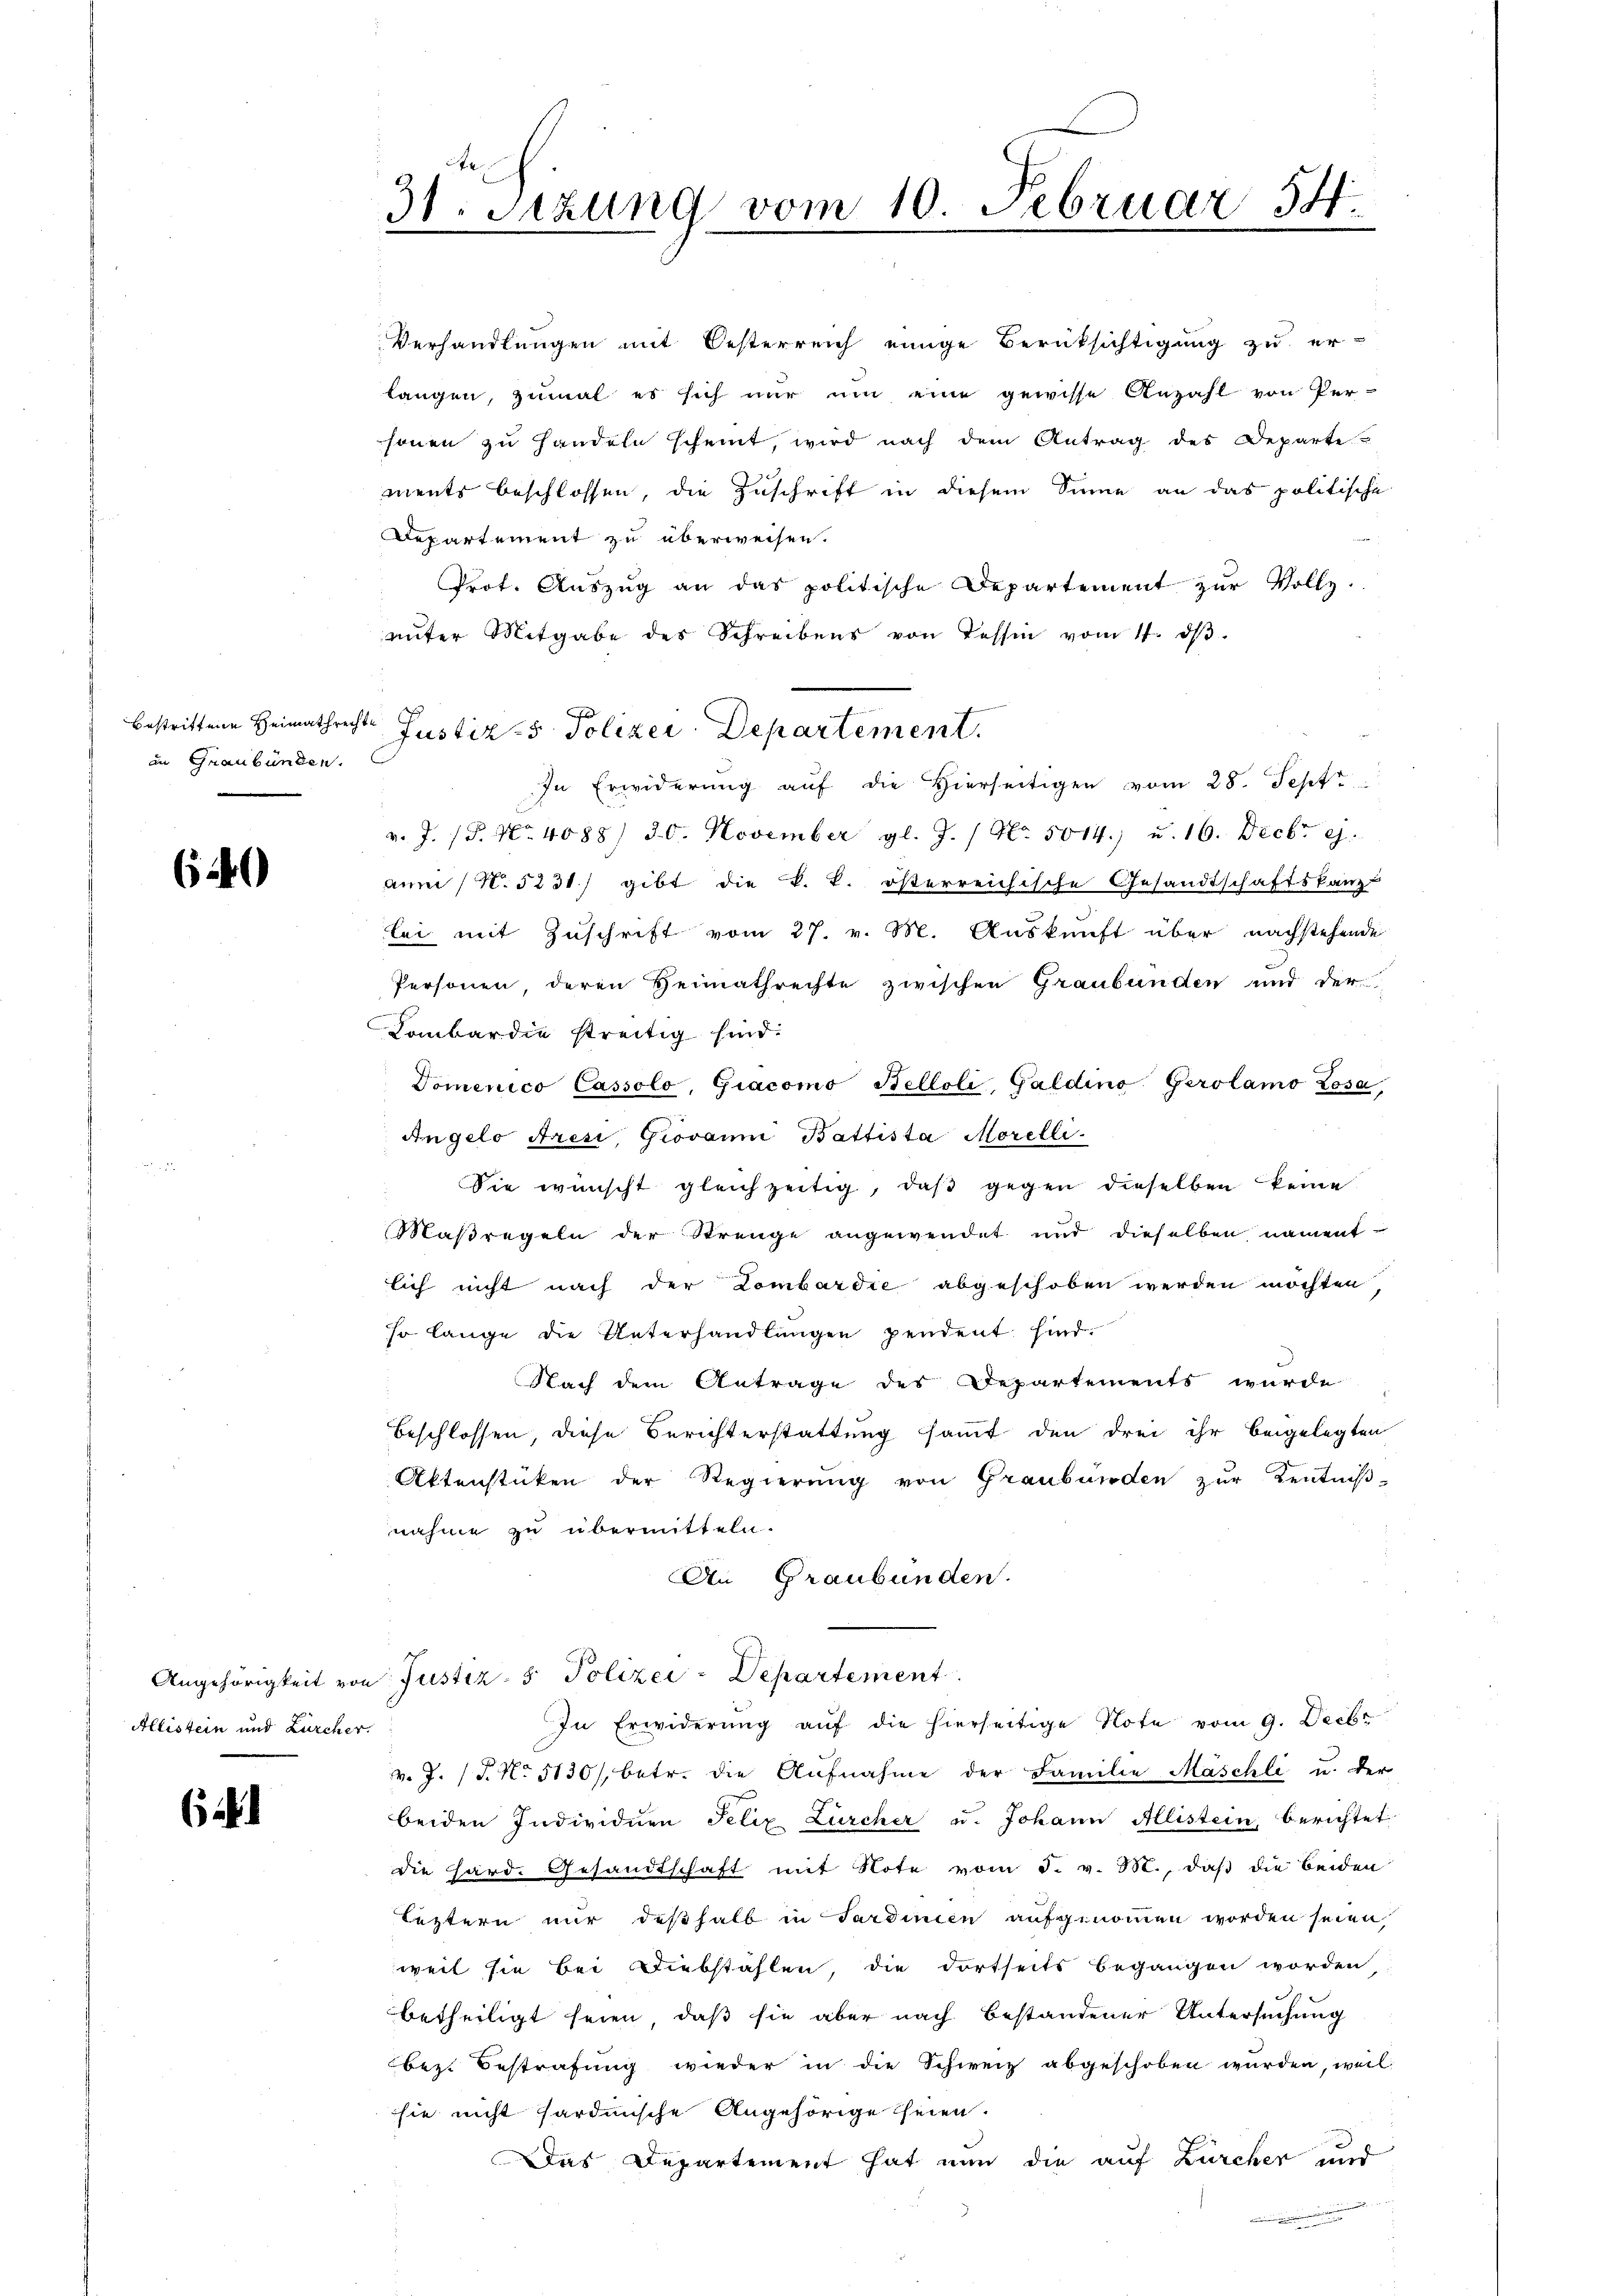
in Graubünden.

640

Allistein und Zürcher.

31. Setzung vom 10. Februar 54
.

Verhandlungen mit Oesterreich einige Berüksichtigung zu er-
langen, zumal es sich nur um eine gewisse Anzahl von Per-
sonen zŭ handeln scheint, wird nach dem Antrag des Departe
ments beschlossen, die Zuschrift in diesem Sinne an das politische
Departement zu überweisen.
Prot. Auszug an das politische Departement zur Vollz
ŭnter Mitgabe des Schreibens von Tessin vom 17. dβ.
In Erwiderung auf die Hierseitigen vom 28. Sept
v. J. P. Nr. 4088/ 30. November gl. J. / No. 5014.) u. 16. Decbr 9.
anm (N. 5231) gibt die k. k. österreichische Gesandtschaftskanz-
bei mit Zuschrift vom 27. v. M. Auskunft über nachstehende
Personen deren Heimathrechte zwischen Graubünden und der
Lombar die streitig sind.
Domenico Cassolo, Giacomo Belloli Galdino Gerolamo Zosa,
Angelo Aresi Giovann Battista Morelli
Sie wünscht gleichzeitig, daß gegen dieselben keine
Maβregeln der Strenge angewendet und dieselben nament-
lich nicht nach der Lombardie abgeschoben werden möchten
so lange die Unterhandlungen pendent sind.
Nach dem Antrage des Departements wurde
beschlossen, diese Berichterstattung sammt den drei ihr beigelegten
Aktenstücken der Regierung von Graubünden zur Kentniβ-
nahme zu übermitteln.
An Graubünden.
Angehörigkeit von Justiz- & Polizei-Departement
In Erwiderŭng aŭf die hierseitige Note vom 9. Decbr
v. J. (T. No 5130/, betr. die Aufnahme der Familie Maschli u. der
beiden Individuen Felix Zürcher u. Johann Allistein, berichtet:
die Hard. Gesandtschaft mit Note vom 5. v. 3., daβ die beiden
leztern nur deßhalb in Sardinien aufgenommen worden seien,
weil sie bei Diebstahlen, die dortseits begangen worden
betheiligt seien, daß sie aber nach bestandener Untersuchung
bez Bestrafung wieder in die Schweiz abgeschoben wurden, weil
sie nicht hardinische Angehörige Theien.
Das Departement hat nun die auf Zürcher und

bestrittene Heimathrechte Justiz- Polizei-Departement.